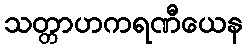
သတ္တာဟကရဏီယေန